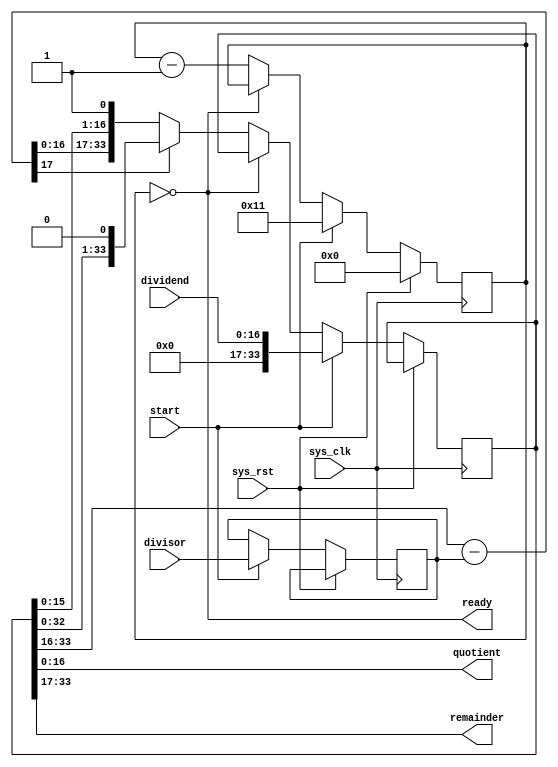
/*
 * Milkymist SoC
 * Copyright (C) 2007, 2008, 2009, 2010 Sebastien Bourdeauducq
 *
 * This program is free software: you can redistribute it and/or modify
 * it under the terms of the GNU General Public License as published by
 * the Free Software Foundation, version 3 of the License.
 *
 * This program is distributed in the hope that it will be useful,
 * but WITHOUT ANY WARRANTY; without even the implied warranty of
 * MERCHANTABILITY or FITNESS FOR A PARTICULAR PURPOSE.  See the
 * GNU General Public License for more details.
 *
 * You should have received a copy of the GNU General Public License
 * along with this program.  If not, see <http://www.gnu.org/licenses/>.
 */

/* 17-bit, 17-cycle unsigned integer divider, non pipelined */

module tmu2_divider17(
	input sys_clk,
	input sys_rst,

	input start,
	input [16:0] dividend,
	input [16:0] divisor,
	
	output ready,
	output [16:0] quotient,
	output [16:0] remainder
);

reg [33:0] qr;

assign remainder = qr[33:17];
assign quotient = qr[16:0];

reg [4:0] counter;
assign ready = (counter == 5'd0);

reg [16:0] divisor_r;

wire [17:0] diff = qr[33:16] - {1'b0, divisor_r};

always @(posedge sys_clk) begin
	if(sys_rst)
		counter = 5'd0;
	else begin
		if(start) begin
			counter = 5'd17;
			qr = {17'd0, dividend};
			divisor_r = divisor;
		end else begin
			if(~ready) begin
				if(diff[17])
					qr = {qr[32:0], 1'b0};
				else
					qr = {diff[16:0], qr[15:0], 1'b1};
				counter = counter - 5'd1;
			end
		end
	end
end

endmodule